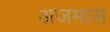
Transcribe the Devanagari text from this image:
अजमास